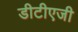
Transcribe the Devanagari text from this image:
डीटीएजी